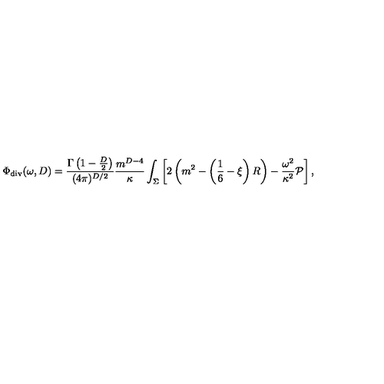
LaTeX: \Phi _ { \mathrm { d i v } } ( \omega , D ) = { \frac { \Gamma \left( 1 - \frac D 2 \right) } { ( 4 \pi ) ^ { D / 2 } } } { \frac { m ^ { D - 4 } } { \kappa } } \int _ { \Sigma } \left[ 2 \left( m ^ { 2 } - \left( \frac 1 6 - \xi \right) R \right) - { \frac { \omega ^ { 2 } } { \kappa ^ { 2 } } } { \cal P } \right] ,